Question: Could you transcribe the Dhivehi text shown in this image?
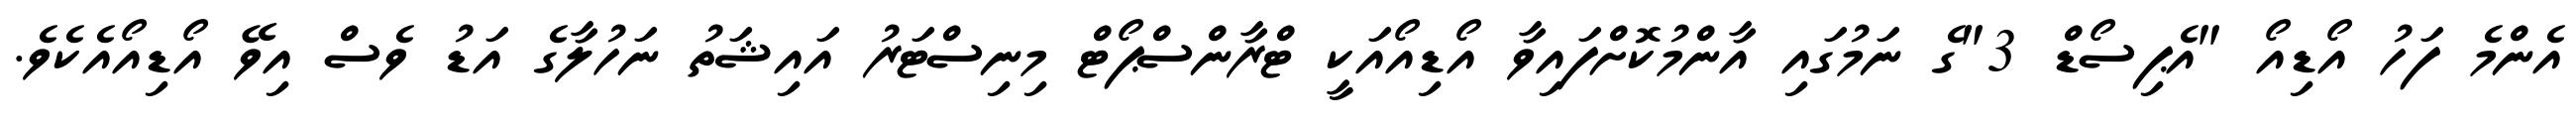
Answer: އެންމެ ފަހު އޯޑިއޯ "އެޕިސޯޑް 3"ގެ ނަމުގައި އާންމުކޮށްފައިވާ އޯޑިއޯއަކީ ޓްރާންސްޕޯޓް މިނިސްޓަރު އައިޝަތު ނަހުލާގެ އަޑު ވެސް އިވޭ އޯޑިއޯއެކެވެ.